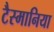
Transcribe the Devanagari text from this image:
टैस्मानिया